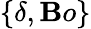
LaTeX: \{ \delta,\mathbf{B}o\}